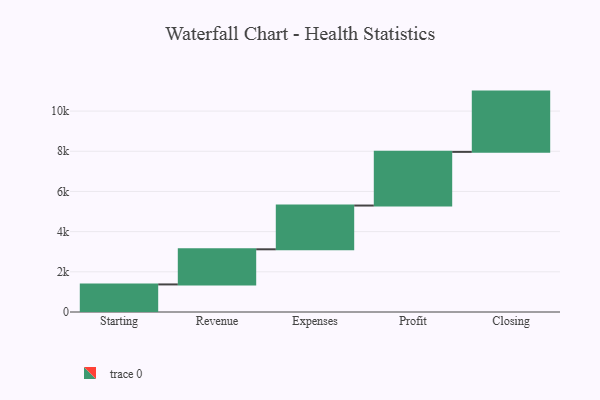
{"axis": {"x": "Step", "y": "Value"}, "legend": [""], "data": [{"x": "Starting", "y": 1372.0, "type": ""}, {"x": "Revenue", "y": 1749.0, "type": ""}, {"x": "Expenses", "y": 2178.0, "type": ""}, {"x": "Profit", "y": 2671.0, "type": ""}, {"x": "Closing", "y": 3000, "type": ""}]}